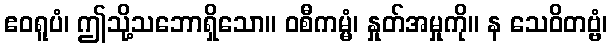
ဧဝရူပံ၊ ဤသို့သဘောရှိသော။ ဝစီကမ္မံ၊ နှုတ်အမှုကို။ န သေဝိတဗ္ဗံ၊